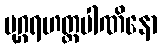
မုဂ္ဂရဟတ္ထပါဏိနော